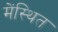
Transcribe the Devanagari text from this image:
मेंस्थित